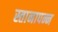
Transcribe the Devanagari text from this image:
स्तानापन्न